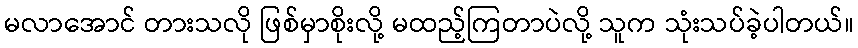
မလာအောင် တားသလို ဖြစ်မှာစိုးလို့ မထည့်ကြတာပဲလို့ သူက သုံးသပ်ခဲ့ပါတယ်။